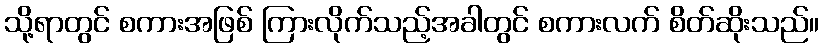
သို့ရာတွင် စကားအဖြစ် ကြားလိုက်သည့်အခါတွင် စကားလက် စိတ်ဆိုးသည်။